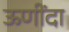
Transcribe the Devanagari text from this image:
ऊणींदा